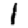
Digit: 1